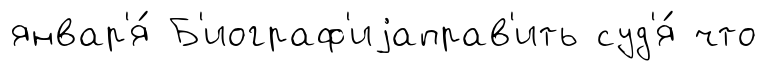
январ'я́ Б'иограф'иjаправ'ить суд'я́ что